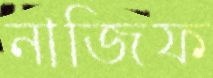
নাজিফ